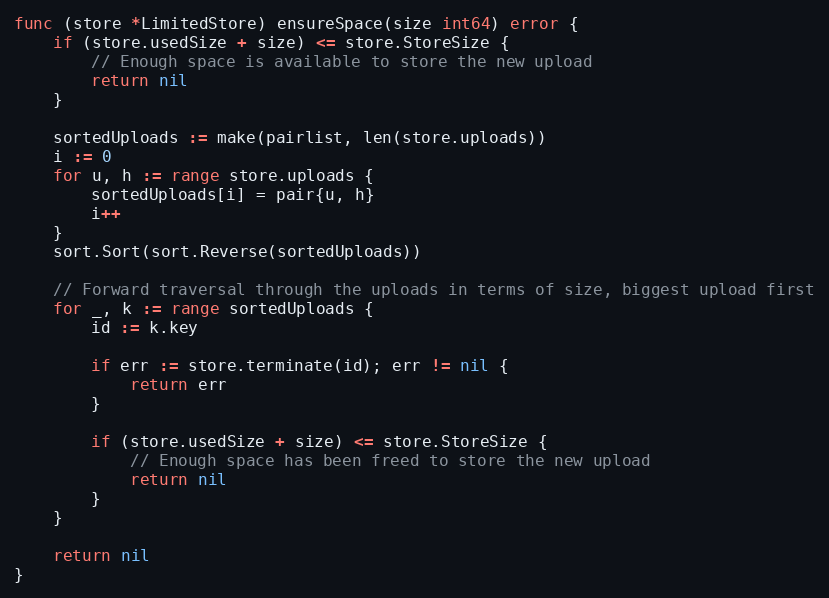
Language: Go
func (store *LimitedStore) ensureSpace(size int64) error {
	if (store.usedSize + size) <= store.StoreSize {
		// Enough space is available to store the new upload
		return nil
	}

	sortedUploads := make(pairlist, len(store.uploads))
	i := 0
	for u, h := range store.uploads {
		sortedUploads[i] = pair{u, h}
		i++
	}
	sort.Sort(sort.Reverse(sortedUploads))

	// Forward traversal through the uploads in terms of size, biggest upload first
	for _, k := range sortedUploads {
		id := k.key

		if err := store.terminate(id); err != nil {
			return err
		}

		if (store.usedSize + size) <= store.StoreSize {
			// Enough space has been freed to store the new upload
			return nil
		}
	}

	return nil
}